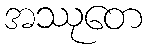
အဿုတေ